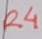
Text: R4